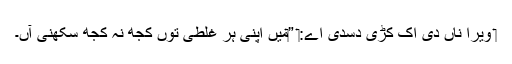
‏ وِیرا ناں دی اِک کُڑی دسدی اے:‏ ”‏مَیں اپنی ہر غلطی توں کجھ نہ کجھ سکھنی آں۔